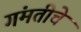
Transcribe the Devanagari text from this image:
गंमतीचे